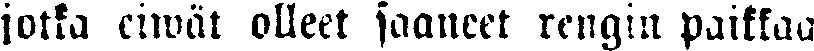
jotka eiwät olleet saaneet rengin paikkaa